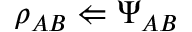
\rho _ { A B } \Leftarrow \Psi _ { A B }